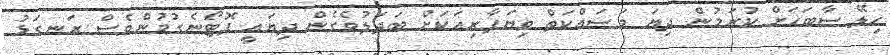
ހިލޭ ސާބަހަށް ކުރަމުން ދިޔަ މަސައްކަތް ވިޔަފާރިއަކަށް ބަދަލުވެގެން ދިޔައީ ފޮޓޯނެގުމުންވެސް ރަނގަޅު